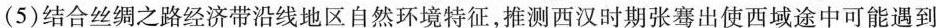
(5)结合丝绸之路经济带沿线地区自然环境特征，推测西汉时期张骞出使西域途中可能遇到